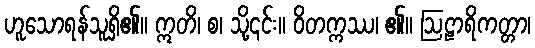
ဟူသောရန်သူရှိ၏။ ဣတိ၊ စ၊ သို့၎င်း။ ဝိတက္ကဿ၊ ၏။ ဩဠာရိကတ္တာ၊